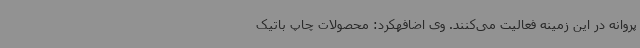
پروانه در این زمینه فعالیت می‌کنند. وی اضافهکرد: محصولات چاپ باتیک